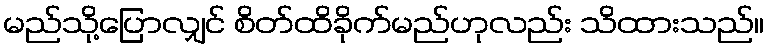
မည်သို့ပြောလျှင် စိတ်ထိခိုက်မည်ဟုလည်း သိထားသည်။